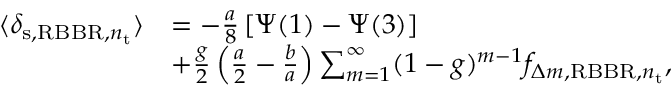
\begin{array} { r l } { \langle \delta _ { \mathrm { s } , \mathrm { R B B R } , n _ { \mathrm { t } } } \rangle } & { = - \frac { a } { 8 } \left[ \Psi ( 1 ) - \Psi ( 3 ) \right] } \\ & { + \frac { g } { 2 } \left( \frac { a } { 2 } - \frac { b } { a } \right) \sum _ { m = 1 } ^ { \infty } ( 1 - g ) ^ { m - 1 } f _ { \Delta m , \mathrm { R B B R } , n _ { \mathrm { t } } } , } \end{array}